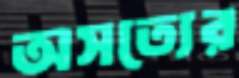
অসত্যের